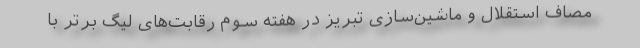
مصاف استقلال و ماشین‌سازی تبریز در هفته سوم رقابت‌های لیگ برتر با